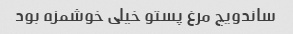
ساندویچ مرغ پستو خیلی خوشمزه بود